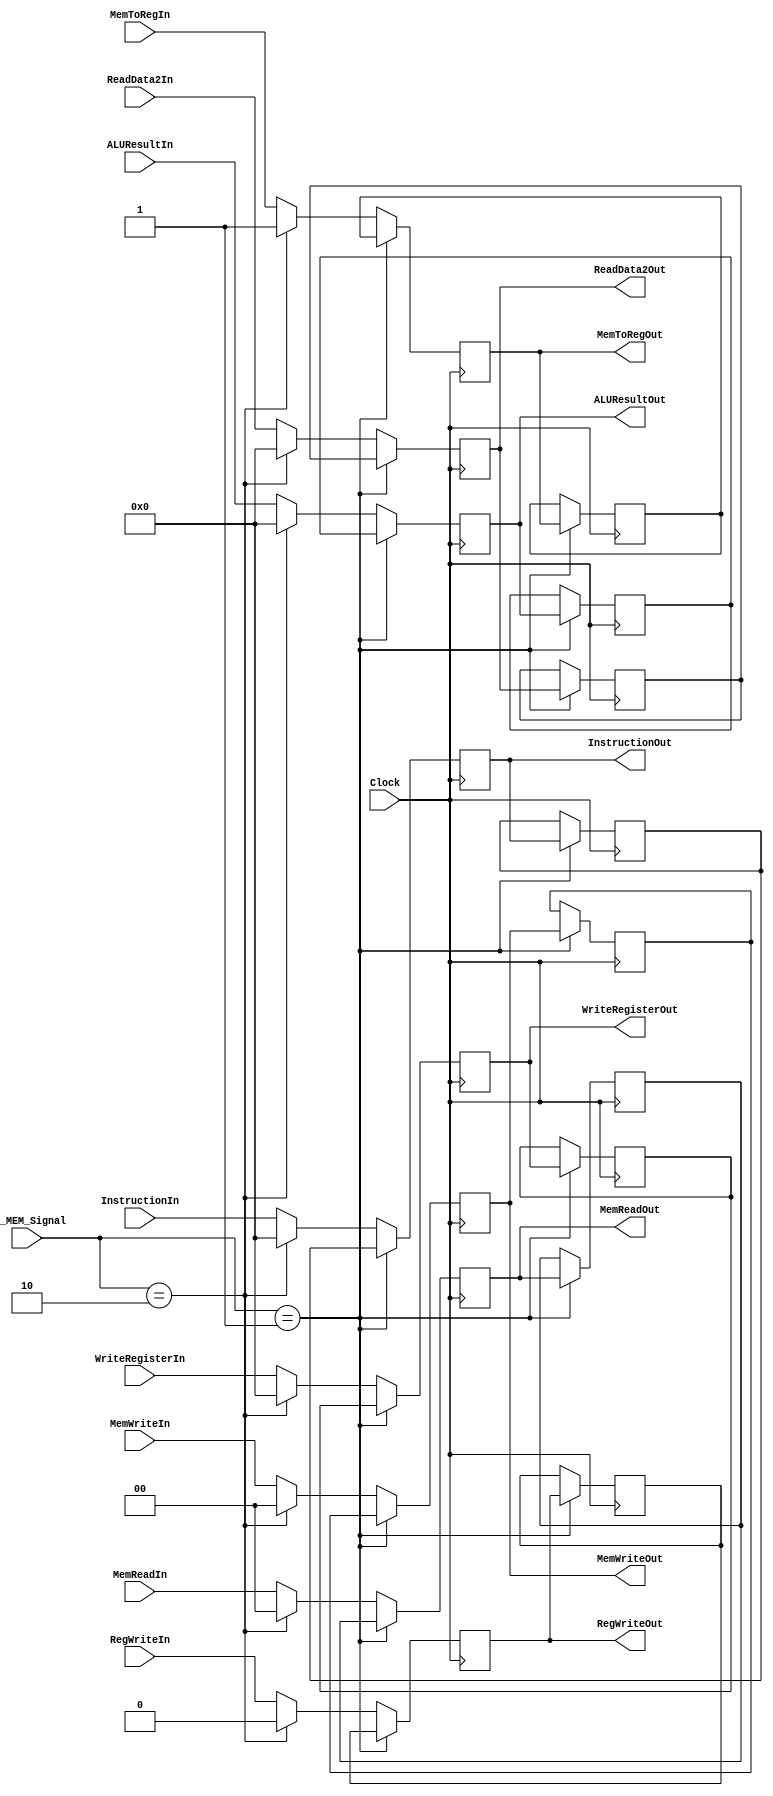
module EX_MEM_Register(Clock, EX_MEM_Signal, InstructionIn, ReadData2In, MemWriteIn, MemReadIn, MemToRegIn, RegWriteIn, WriteRegisterIn, ALUResultIn, 
                                             InstructionOut, ReadData2Out, MemWriteOut, MemReadOut, MemToRegOut, RegWriteOut, WriteRegisterOut, ALUResultOut);

input Clock, RegWriteIn, MemToRegIn;
input [1:0] EX_MEM_Signal;
input [1:0] MemWriteIn, MemReadIn;
input [31:0] WriteRegisterIn;
input [31:0] ALUResultIn;
input [31:0] ReadData2In;
input [31:0] InstructionIn;

output reg [1:0] MemWriteOut, MemReadOut;
output reg [31:0] WriteRegisterOut;
output reg [31:0] ALUResultOut;
output reg [31:0] ReadData2Out;
output reg [31:0] InstructionOut;
output reg RegWriteOut, MemToRegOut;

reg PreviousRegWriteIn, PreviousMemToRegIn;
reg [1:0] PreviousEX_MEM_Signal;
reg [1:0] PreviousMemWriteIn, PreviousMemReadIn;
reg [31:0] PreviousWriteRegisterIn;
reg [31:0] PreviousALUResultIn;
reg [31:0] PreviousReadData2In;
reg [31:0] PreviousInstructionIn;

always @(posedge Clock)begin
    if(EX_MEM_Signal == 1)begin
    WriteRegisterOut = PreviousWriteRegisterIn;
    ALUResultOut = PreviousALUResultIn;
    RegWriteOut = PreviousRegWriteIn;
    MemWriteOut = PreviousMemWriteIn;
    MemReadOut = PreviousMemReadIn;
    MemToRegOut = PreviousMemToRegIn;
    ReadData2Out = PreviousReadData2In;
    InstructionOut = PreviousInstructionIn;
    end
    else if(EX_MEM_Signal == 2)begin
    WriteRegisterOut = 0;
    ALUResultOut = 0;
    RegWriteOut = 0;
    MemWriteOut = 0;
    MemReadOut = 0;
    MemToRegOut = 1;
    ReadData2Out = 0;
    InstructionOut = 0;
    end
    else begin
    //PreviousWriteRegisterIn = WriteRegisterOut;
    WriteRegisterOut = WriteRegisterIn;
    //PreviousALUResultIn = ALUResultOut;
    ALUResultOut = ALUResultIn;
    //PreviousRegWriteIn = RegWriteOut;
    RegWriteOut = RegWriteIn;
    //PreviousMemWriteIn = MemWriteOut;
    MemWriteOut = MemWriteIn;
    //PreviousMemReadIn = MemReadOut;
    MemReadOut = MemReadIn;
    //PreviousMemToRegIn =  MemToRegOut;
    MemToRegOut = MemToRegIn;
    //PreviousReadData2In = ReadData2Out;
    ReadData2Out = ReadData2In;
    //PreviousInstructionIn = InstructionOut;
    InstructionOut = InstructionIn;
    end
    end
always @(negedge Clock) begin
    if(EX_MEM_Signal == 1)begin/*This is currently not stalling correctly*/
        PreviousWriteRegisterIn = WriteRegisterOut;
        PreviousALUResultIn = ALUResultOut;
        PreviousRegWriteIn = RegWriteOut;
        PreviousMemWriteIn = MemWriteOut;
        PreviousMemReadIn = MemReadOut;
        PreviousMemToRegIn =  MemToRegOut;
        PreviousReadData2In = ReadData2Out;
        PreviousInstructionIn = InstructionOut;
        end
    end
endmodule